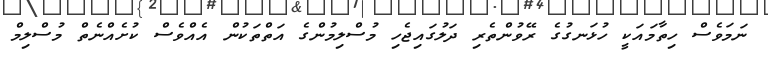
ނަމަވެސް ހިތާމައަކީ ހުޅަނގުގެ ރޭވުންތެރި ދަލުގައިޖެހި މުސްލިމުންގެ އަތްތަކުން އެއްވެސް ކުށެއްނެތް މުސްލިމް